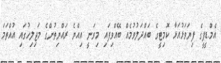
އެމް.ޑީޕީގެ ފިޔަވަޅުއަޅާ ކޮމިޓީގެ ބައްދަލުވުމެއް ބޭއްވިފައި މިވަނީ އިއްޔެ ރައްޔިތުންގެ މަޖިލިހުގައި އުއްތަމަ